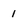
Character: 1